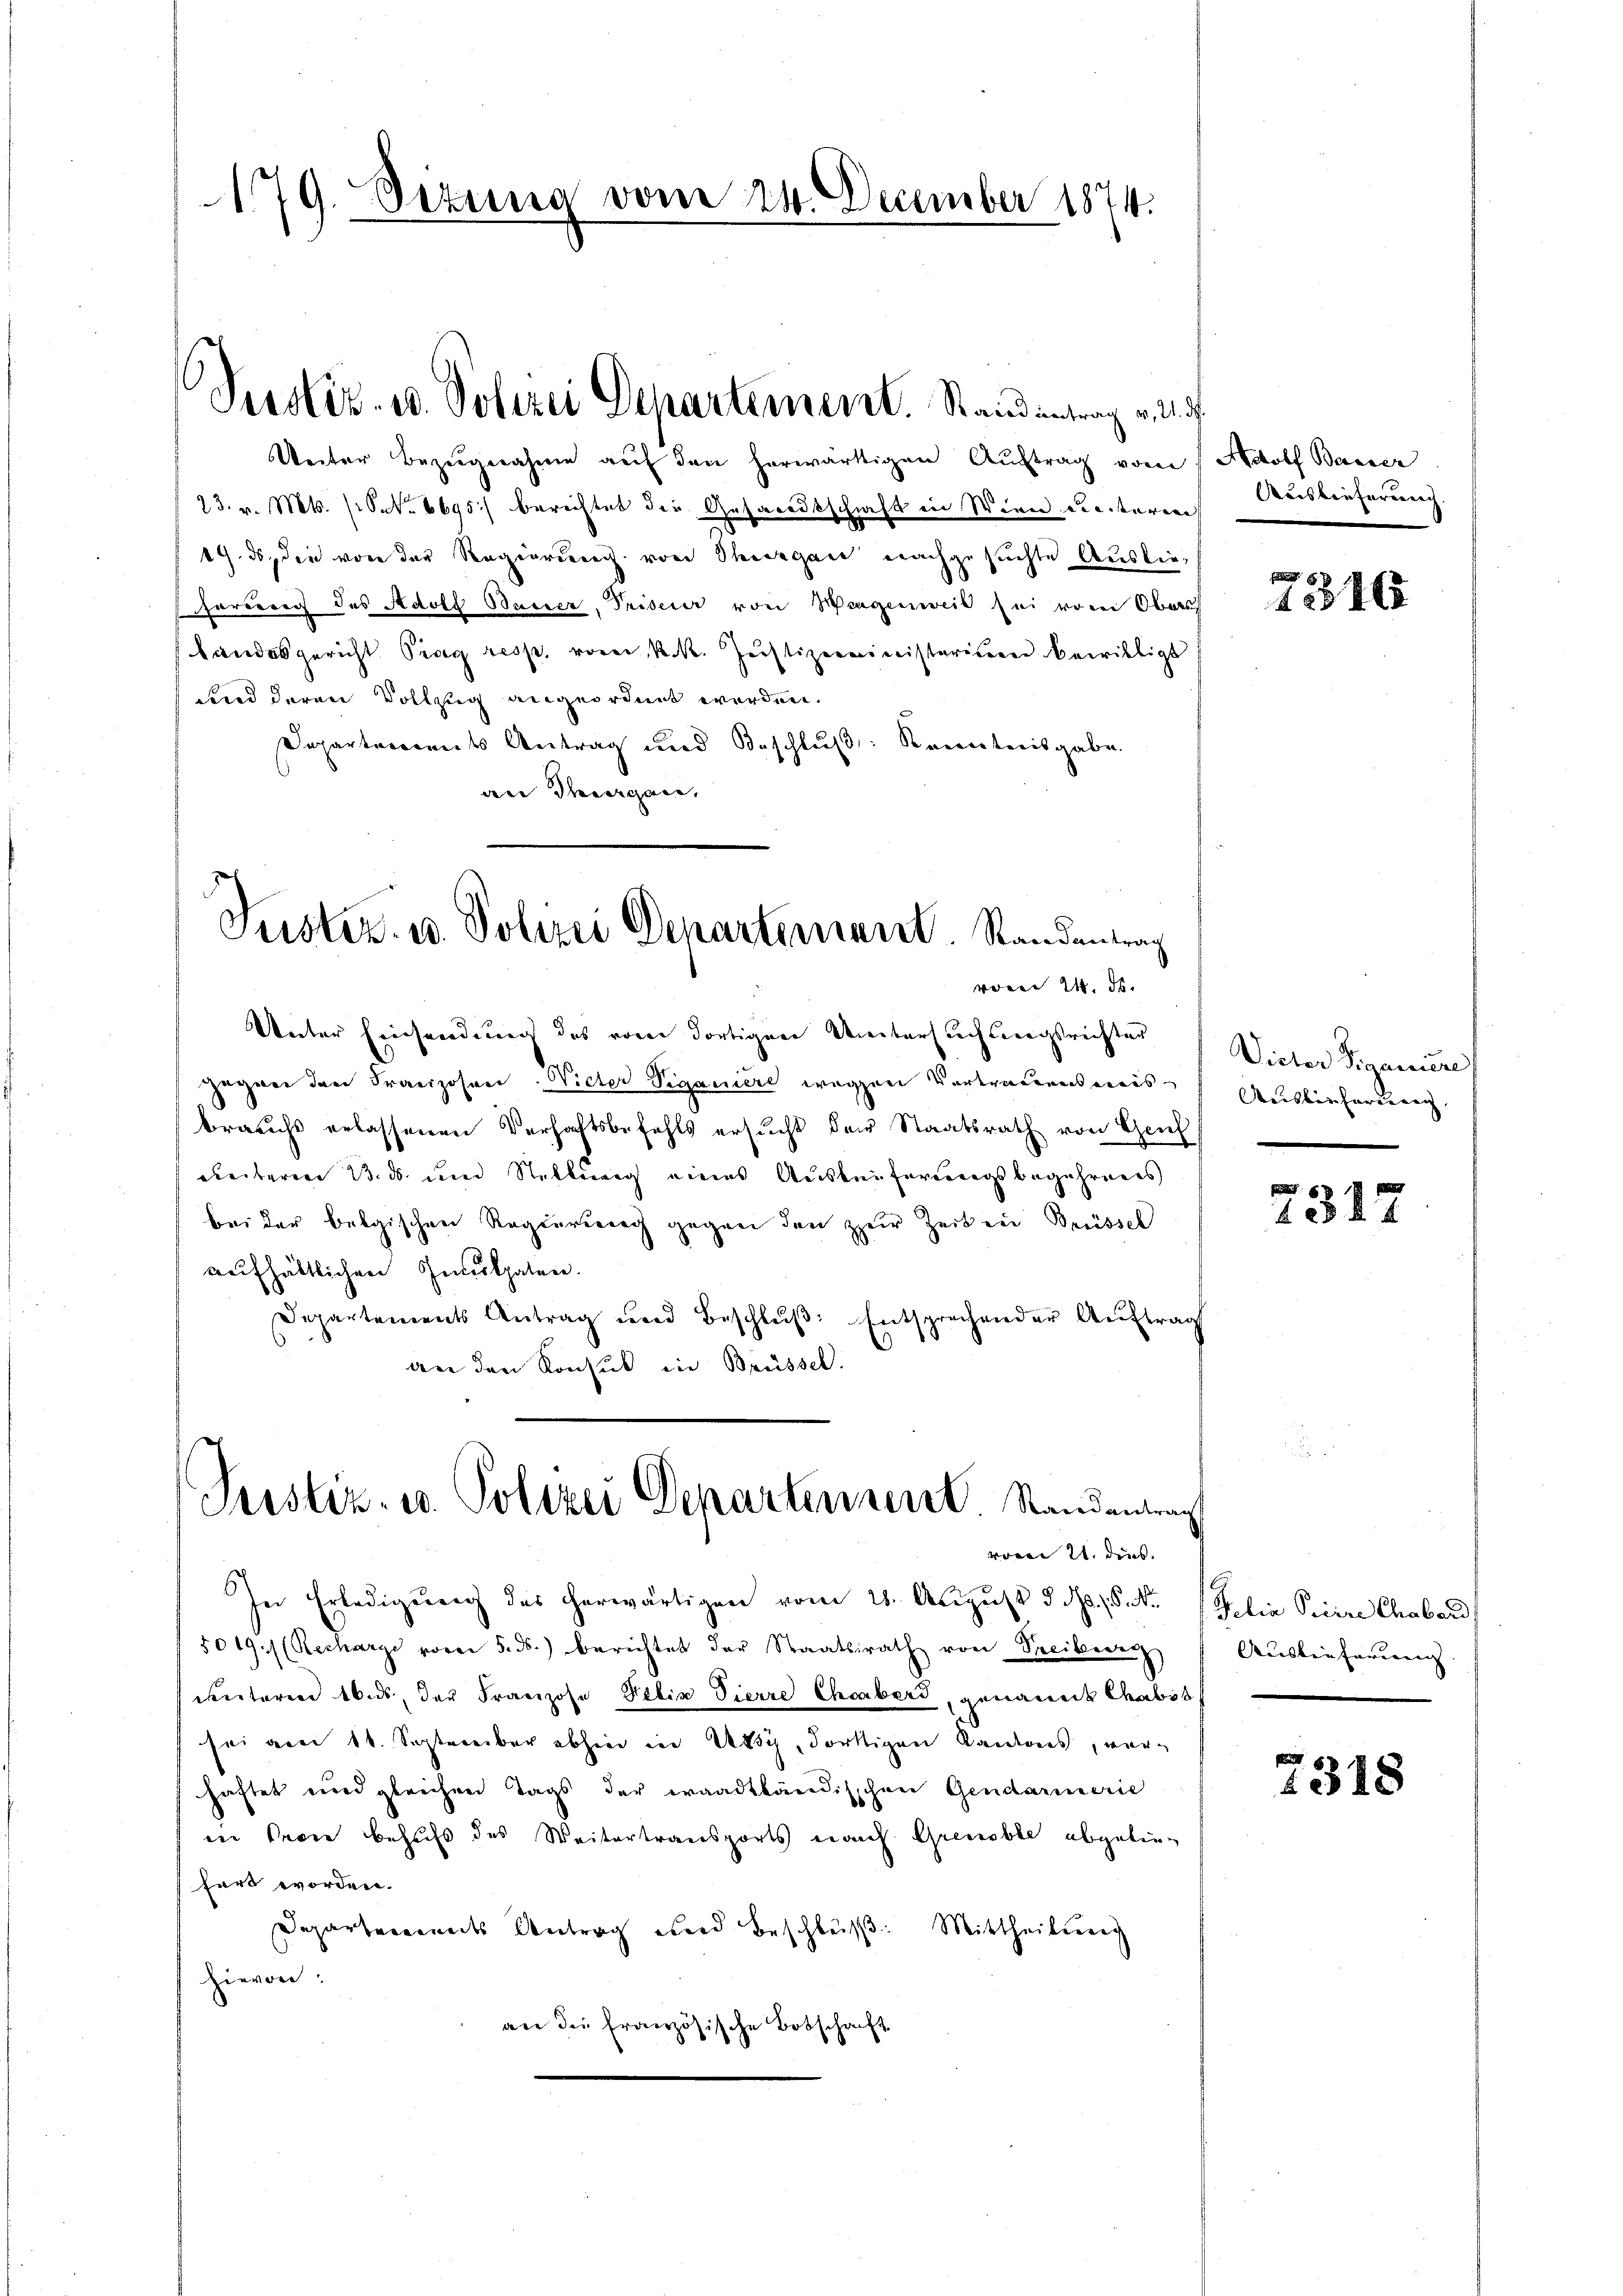
179. Sizung vom 24. December 1874.

Justiz- u. Polizei Departement. Stand intrag v. 1. d.

Unter Bezugnahme auf den herwärtigen Auftrag vom Adolf Bauer
23. v. Mts. (S. 6695. berechtet die Gesandtschrift in Wien ereiteren Auslieferung.
19. ds, die von der Regierung von Thurgane nachgesuchte Auslieharreich des Adolf Basser, Priserer von Wiegenweil sei vom Ober
Landesgericht Prag resp. vorei R. R. Justizministariieren bewilligt
sind deren Vollzug angeordnet werden.
Departerrents Antrag und Beschluß: Kenntnisgabe.
an Sargau,

Justi. u. Polizei Departement Randantrag

Justiz- u. Polizei Departen mit Randenteng

Unter Einsendung des von dortigen Weitersuchtungsrichter
zegger den Franzosen. Vieter Viganiere wegen Vertrauernsweisbrauchs erlassenen Verhaftsbefehls ersŭcht der Staatsrath von Genf
dheiteren Bis dem Stellung eines Ausbeiterungsbegehrens
bei der belgischen Rageurtrag gegen den zur Zeiten Brüssel
aufhältlichen Inculpaten.
Departements Antrag und Beschlŭβ: Entsprechender Auftrag
an den Konsul in Brüssel.
vom 21. dies
In Erledigung des herwärtigen vom 28. August d. d. P. Nr. Gelia Picere Chabard
5019./ (Recharge vorei 5. ds. berichtet der Staatsrath von Treibere
ekretaren 16 ds der Franzose Felix Vierre Choaber, genannt Chabsb
sei am 11. September abhin in Uri, dortigen Kantons, verhaftet und gleichen Tags der waadtländischen Gendarmerie
ene Perin behufs des Weitertransports nach Grenzble abgelieg
fört worden.
Departereines Antrag und Beschluß: Mittheilung
hievon:
wer die französische Botschaft

voren 24. ds.

4346

Victor Siganure)
Ausbieharrung

2312

Auslieferung

2318